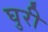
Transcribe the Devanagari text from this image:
घुरी